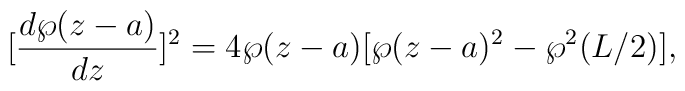
[\frac{d\wp(z-a)}{dz}]^2=4 \wp(z-a)[\wp(z-a)^2-\wp^2(L/2)],